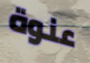
عنوة